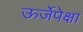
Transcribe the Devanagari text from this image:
ऊर्जेपेक्षा